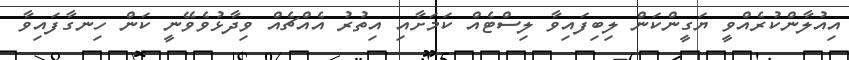
އިއުލާންކުރެއްވީ ޔަގީންކަން ލިބިފައިވާ ލިސްޓެއް ކަމަށާއި އިތުރު އެއްޗެއް ވިދާޅުވެވޭނީ ކަން ހިނގާފައިވާ